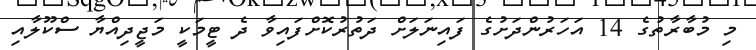
މި މުބާރާތުގެ 14 އަހަރުންދަށުގެ ފައިނަލަށް ދަތުރުކޮށްފައިވާ ދެ ޓީމަކީ މަޖީދިއްޔާ ސްކޫލާއި